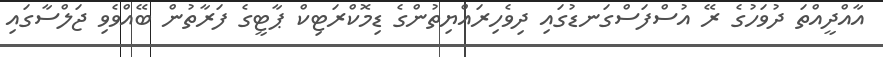
އާއްދީއްތަ ދުވަހުގެ ރޭ އުސްފަސްގަނޑުގައި ދިވެހިރައްޔިތުންގެ ޑިމޮކްރަޓިކް ޕާޓީގެ ފަރާތުން ބޭއްވެވި ޖަލްސާގައި